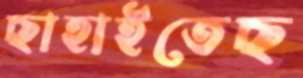
ছাহাইতেছ